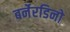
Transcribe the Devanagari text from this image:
बर्नेरडिनो